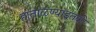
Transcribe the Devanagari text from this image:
हाताळण्याइतकी